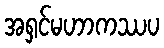
အရှင်မဟာကဿပ